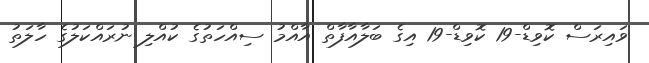
ވައިރަސް ކޮވިޑް-19 ކޮވިޑް-19 އިގެ ބަލާއާފާތް އާއްމު ސިއްހަތުގެ ކުއްލި ނުރައްކަލުގެ ހާލަތު